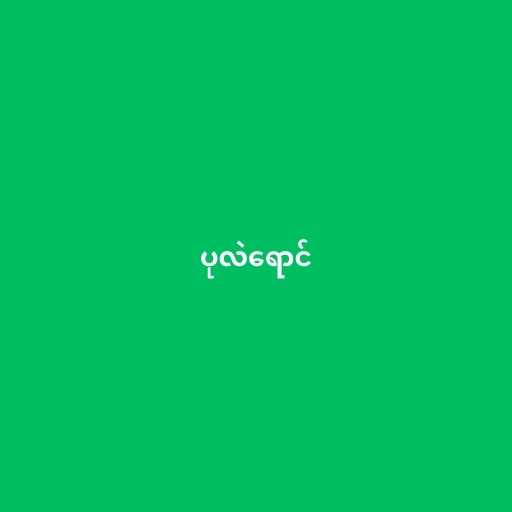
ပုလဲရောင်